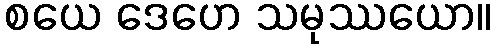
စယေ ဒေဟေ သမုဿယော။